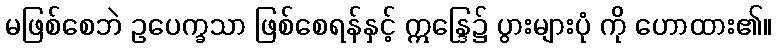
မဖြစ်စေဘဲ ဥပေက္ခသာ ဖြစ်စေရန်နှင့် ဣန္ဒြေ၌ ပွားများပုံ ကို ဟောထား၏။